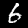
Digit: 6